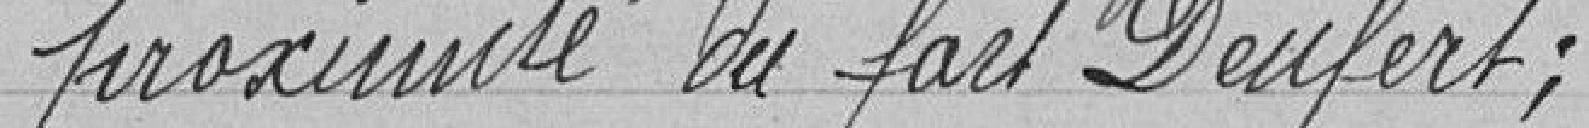
proximité du fort Denfert;